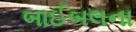
બાઈબલના